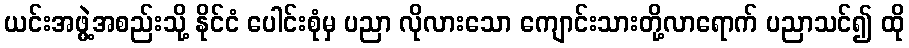
ယင်းအဖွဲ့အစည်းသို့ နိုင်ငံ ပေါင်းစုံမှ ပညာ လိုလားသော ကျောင်းသားတို့လာရောက် ပညာသင်၍ ထို